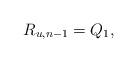
LaTeX: \begin{align*} R_{u,n-1}=Q_1,\end{align*}